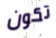
تكون